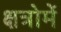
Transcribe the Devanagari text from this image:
क्षत्रोमें